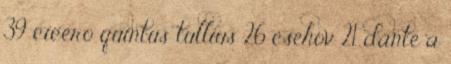
39 cicero quintus tullius 26 csehov 21 dante a